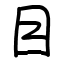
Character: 目